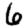
Digit: 6